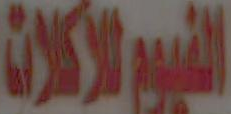
البيرلاكن